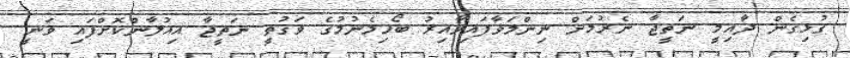
ގުޅިގެން ދާއިމީ ނަތީޖާ ނެރުމަށް ނިންމަވާފައިވާއިރު ބޯހިމެނުމުގެ ވަގުތީ ނަތީޖާ އިއުލާންކޮށްފައި ވަނީ